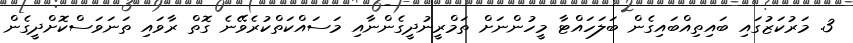
3. މަރުކަޒުގައި ބައިތިއްބައިގެން ބަލަހައްޓާ މީހުންނަށް ތަމްރީނުދީގެންނާއި މަސައްކަތްކުރެވޭނެ ގޮތް ރާވައި ތަނަވަސްކޮށްދީގެން